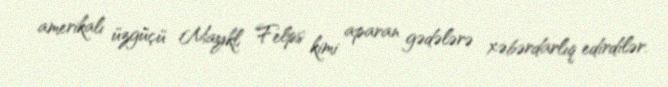
amerikalı üzgüçü Maykl Felps kimi aparan gədələrə xəbərdarlıq edirdilər.